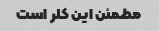
مطمئن این کلر است